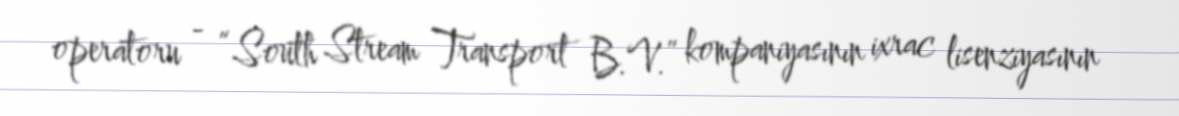
operatoru - “South Stream Transport B.V.” kompaniyasının ixrac lisenziyasının